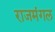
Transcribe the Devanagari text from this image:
राजमंगल